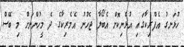
ހުޅަނގު އެފްރިކާގައި އުޅެނިކޮށް އެބޯލާ ޖެހުނު އެމެރިކާގެ ދެ މީހުންނަށް މި ބޭސް